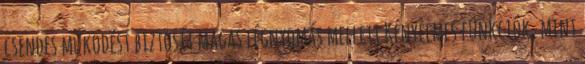
csendes működést biztosít magas légnyomás mellett Kényelmes funkciók, mint